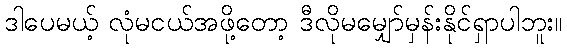
ဒါပေမယ့် လုံမငယ်အဖို့တော့ ဒီလိုမမျှော်မှန်းနိုင်ရှာပါဘူး။